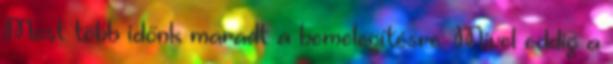
Most több időnk maradt a bemelegítésre. Mivel eddig a